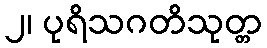
၂၊ ပုရိသဂတိသုတ္တ